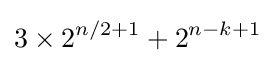
3\times 2^{n/2+1}+2^{n-k+1}